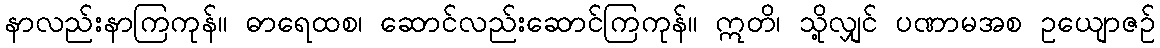
နာလည်းနာကြကုန်။ ဓာရေထစ၊ ဆောင်လည်းဆောင်ကြကုန်။ ဣတိ၊ သို့လျှင် ပဏာမအစ ဥယျောဇဉ်